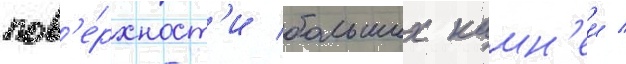
пов'е́рхност'и больших камн'еи /